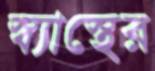
স্ব্যাস্থের